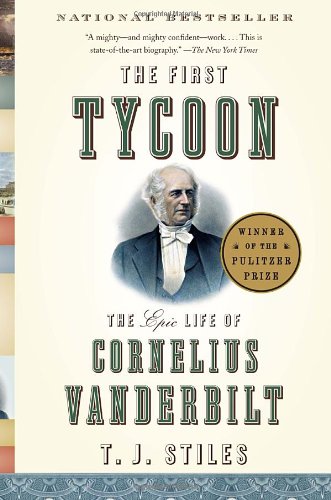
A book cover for The First Tycoon: The Epic Life of Cornelius Vanderbilt; T.J. Stiles; Business & Money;